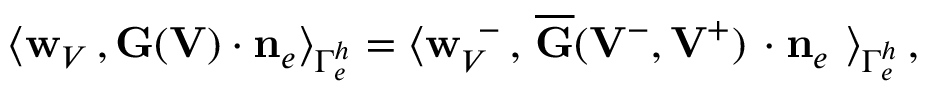
\begin{array} { r } { \big \langle { { \bf w } _ { V } } \, , { \bf G } ( { \bf V } ) \cdot { { \bf n } } _ { e } \big \rangle _ { \Gamma _ { e } ^ { h } } = \big \langle { { \bf w } } _ { V } ^ { \, \, \, - } \, , \, \overline { { { \bf G } } } ( { { \bf V } } ^ { - } , { { \bf V } } ^ { + } ) \, \cdot { { \bf n } } _ { e } \ \big \rangle _ { \Gamma _ { e } ^ { h } } \, , } \end{array}